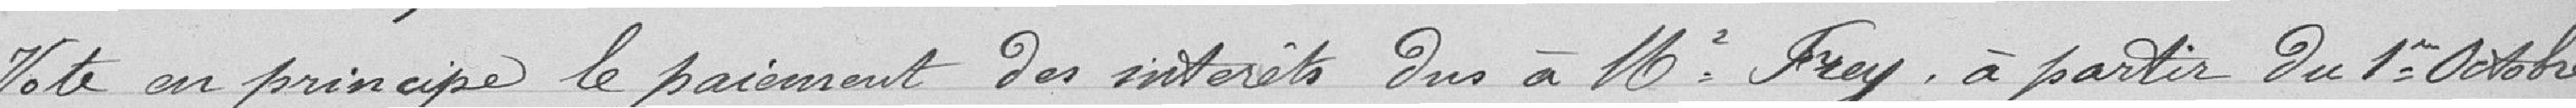
Vote en principe le paiement des intérêts dus à Mr Frey à partir du 1er octobre